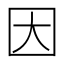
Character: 因